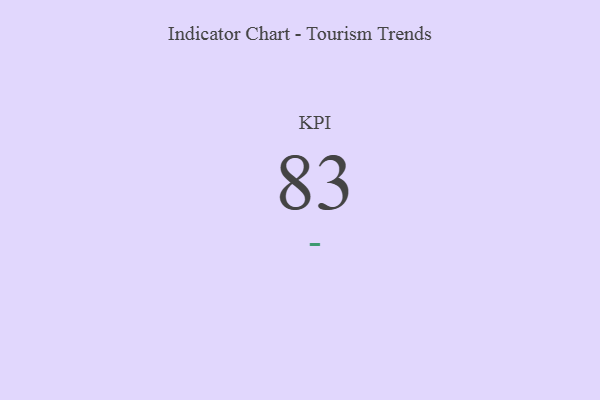
{"axis": {"x": "KPI", "y": "Value"}, "legend": [""], "data": [{"x": "KPI", "y": 83, "type": ""}]}